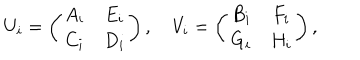
U _ { i } = \left( \begin{array} { c c } { { A _ { i } } } & { { E _ { i } } } \\ { { C _ { i } } } & { { D _ { i } } } \\ \end{array} \right) , \quad V _ { i } = \left( \begin{array} { c c } { { B _ { i } } } & { { F _ { i } } } \\ { { G _ { i } } } & { { H _ { i } } } \\ \end{array} \right) ,